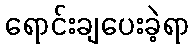
ရောင်းချပေးခဲ့ရာ